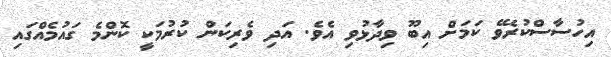
އިހުސާސްކުރެވޭ ކަމަށް އިބޫ ވިދާޅުވި އެވެ. އަދި ވެރިކަން ކުރުމަކީ ކޮންމެ ގައުމެއްގައި